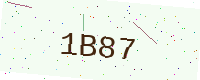
Text: 1B87